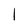
Character: 1